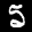
Label: 5